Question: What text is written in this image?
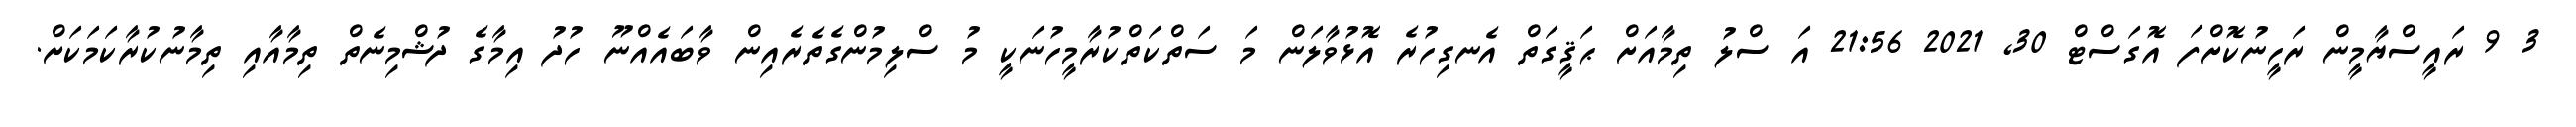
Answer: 3 9 ރައީސްޔާމީން ރަހީނުކޮށްފަ އޮގަސްޓް 30, 2021 21:56 އަ ސްލު ތިމާއަށް ޙަޤީގަތް އެނގިހުރެ އޮޅުވާލަން މަ ސަތްކަތްކުރާމީހުނަކީ މު ސްލިމުންގެތެރެއިން ވާބައެއްނޫ ހުދު އިމާގެ ދުޝްމިނެތް ތިމާއާއި ތިމާނުކުރާކަމަކަށް.